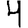
Digit: 4